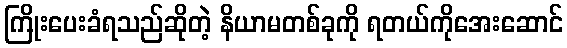
ကြိုးပေးခံရသည်ဆိုတဲ့ နိယာမတစ်ခုကို ရတယ်ကိုအေးဆောင်